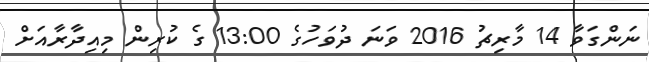
ނަންގަވާ 14 މާރިޗު 2016 ވަނަ ދުވަހުގެ 13:00 ގެ ކުރިން މިއިދާރާއަށް